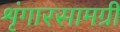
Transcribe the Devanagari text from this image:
शृंगारसामग्री